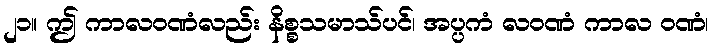
၂၁။ ဤ ကာလဝဏံလည်း နိစ္စသမာသ်ပင်၊ အပ္ပကံ လဝဏံ ကာလ ဝဏံ၊